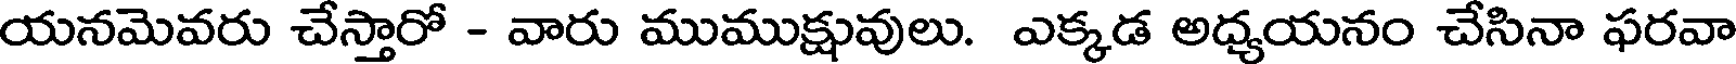
యనమెవరు చేస్తారో - వారు ముముక్షువులు. ఎక్కడ అధ్యయనం చేసినా ఫరవా